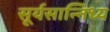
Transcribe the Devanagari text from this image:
सूर्यसान्निध्य